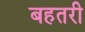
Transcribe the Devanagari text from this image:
बहतरी